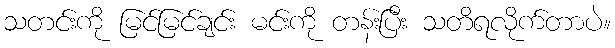
သတင်းကို မြင်မြင်ချင်း မင်းကို တန်းပြီး သတိရလိုက်တာပဲ။